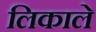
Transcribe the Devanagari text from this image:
लिकाले